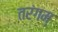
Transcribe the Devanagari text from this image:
तरंगम्